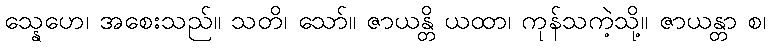
သ္နေဟေ၊ အစေးသည်။ သတိ၊ သော်။ ဇာယန္တိ ယထာ၊ ကုန်သကဲ့သို့။ ဇာယန္တာ စ၊